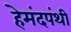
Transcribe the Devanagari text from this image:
हेमंदपंथी